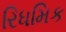
રિધમિક